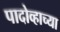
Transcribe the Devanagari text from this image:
पादोव्हाच्या